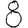
Digit: 8